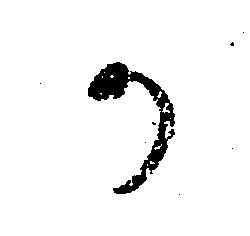
か